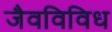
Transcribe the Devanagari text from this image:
जैवविविध